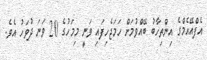
އެފްއޭއެމްގެ އިންތިހާބު ބޭއްވުމަށް ހަމަޖެހިފައި ވަނީ މިމަހުގެ 20 ވަނަ ދުވަހު އެވެ.